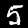
Digit: 5